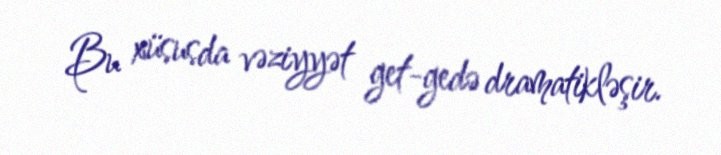
Bu xüsusda vəziyyət get-gedə dramatikləşir.